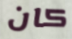
كان